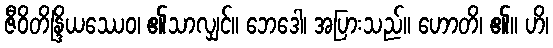
ဇီဝိတိန္ဒြိယဿေဝ၊ ၏သာလျှင်။ ဘေဒေါ၊ အပြားသည်။ ဟောတိ၊ ၏။ ဟိ၊